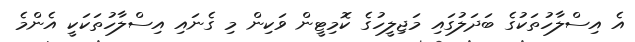
އެ އިސްލާހުތަކުގެ ބަދަލުގައި މަޖިލީހުގެ ކޮމިޓީން ވަކިން މި ގެނައި އިސްލާހުތަކަކީ އެންމެ